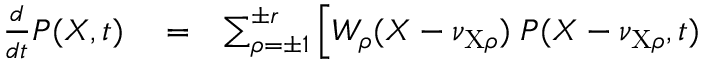
\begin{array} { r l r } { \frac { d } { d t } P ( X , t ) } & { { } = } & { \sum _ { \rho = \pm 1 } ^ { \pm r } \Big [ W _ { \rho } ( X - \nu _ { \mathrm { X } \rho } ) \; P ( X - \nu _ { \mathrm { X } \rho } , t ) } \end{array}